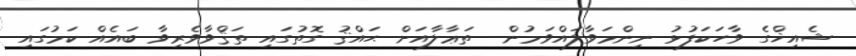
ޝެއިޚްގެ ވާހަކަފުޅު ނިންމަވާލައްވަމުން  ތަޢާލާއަށް ޙައްޤު ގޮތުގައި ތަޤްވާވެރިވާ ބައެއް ކަމުގައި